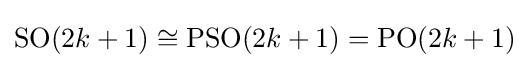
\operatorname {SO} (2k+1)\cong \operatorname {PSO} (2k+1)=\operatorname {PO} (2k+1)